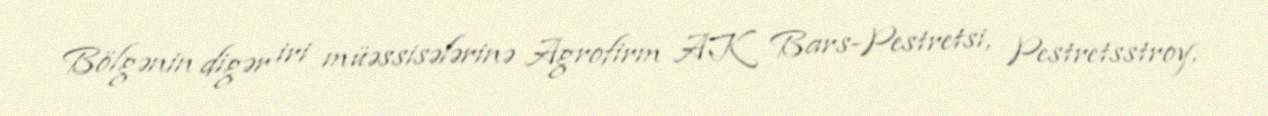
Bölgənin digər iri müəssisələrinə Agrofirm AK Bars-Pestretsi, Pestretsstroy,